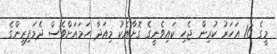
މީގެ 16 އަހަރު ކުރިން ޖެހި ކައިވެނީގެ ގޮށާއެކު މިއަދާ ހަމައަށްވެސް ދެމަފިރިންގެ